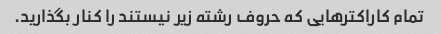
تمام کاراکترهایی که حروف رشته زیر نیستند را کنار بگذارید.